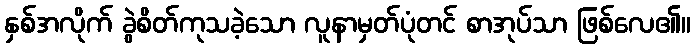
နှစ်အလိုက် ခွဲစိတ်ကုသခဲ့သော လူနာမှတ်ပုံတင် စာအုပ်သာ ဖြစ်လေ၏။